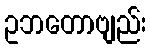
ဥဘတောဗျည်း